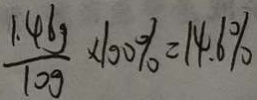
\frac { 1 . 4 6 g } { 1 0 g } \times 1 0 0 \% = 1 4 . 6 \%